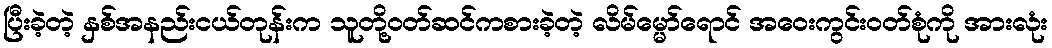
ပြီးခဲ့တဲ့ နှစ်အနည်းငယ်တုန်းက သူတို့ဝတ်ဆင်ကစားခဲ့တဲ့ လိမ်မ္မော်ရောင် အဝေးကွင်းဝတ်စုံကို အားလုံး